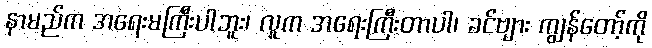
နာမည်က အရေးမကြီးပါဘူး၊ လူက အရေးကြီးတာပါ၊ ခင်ဗျား ကျွန်တော့်ကို